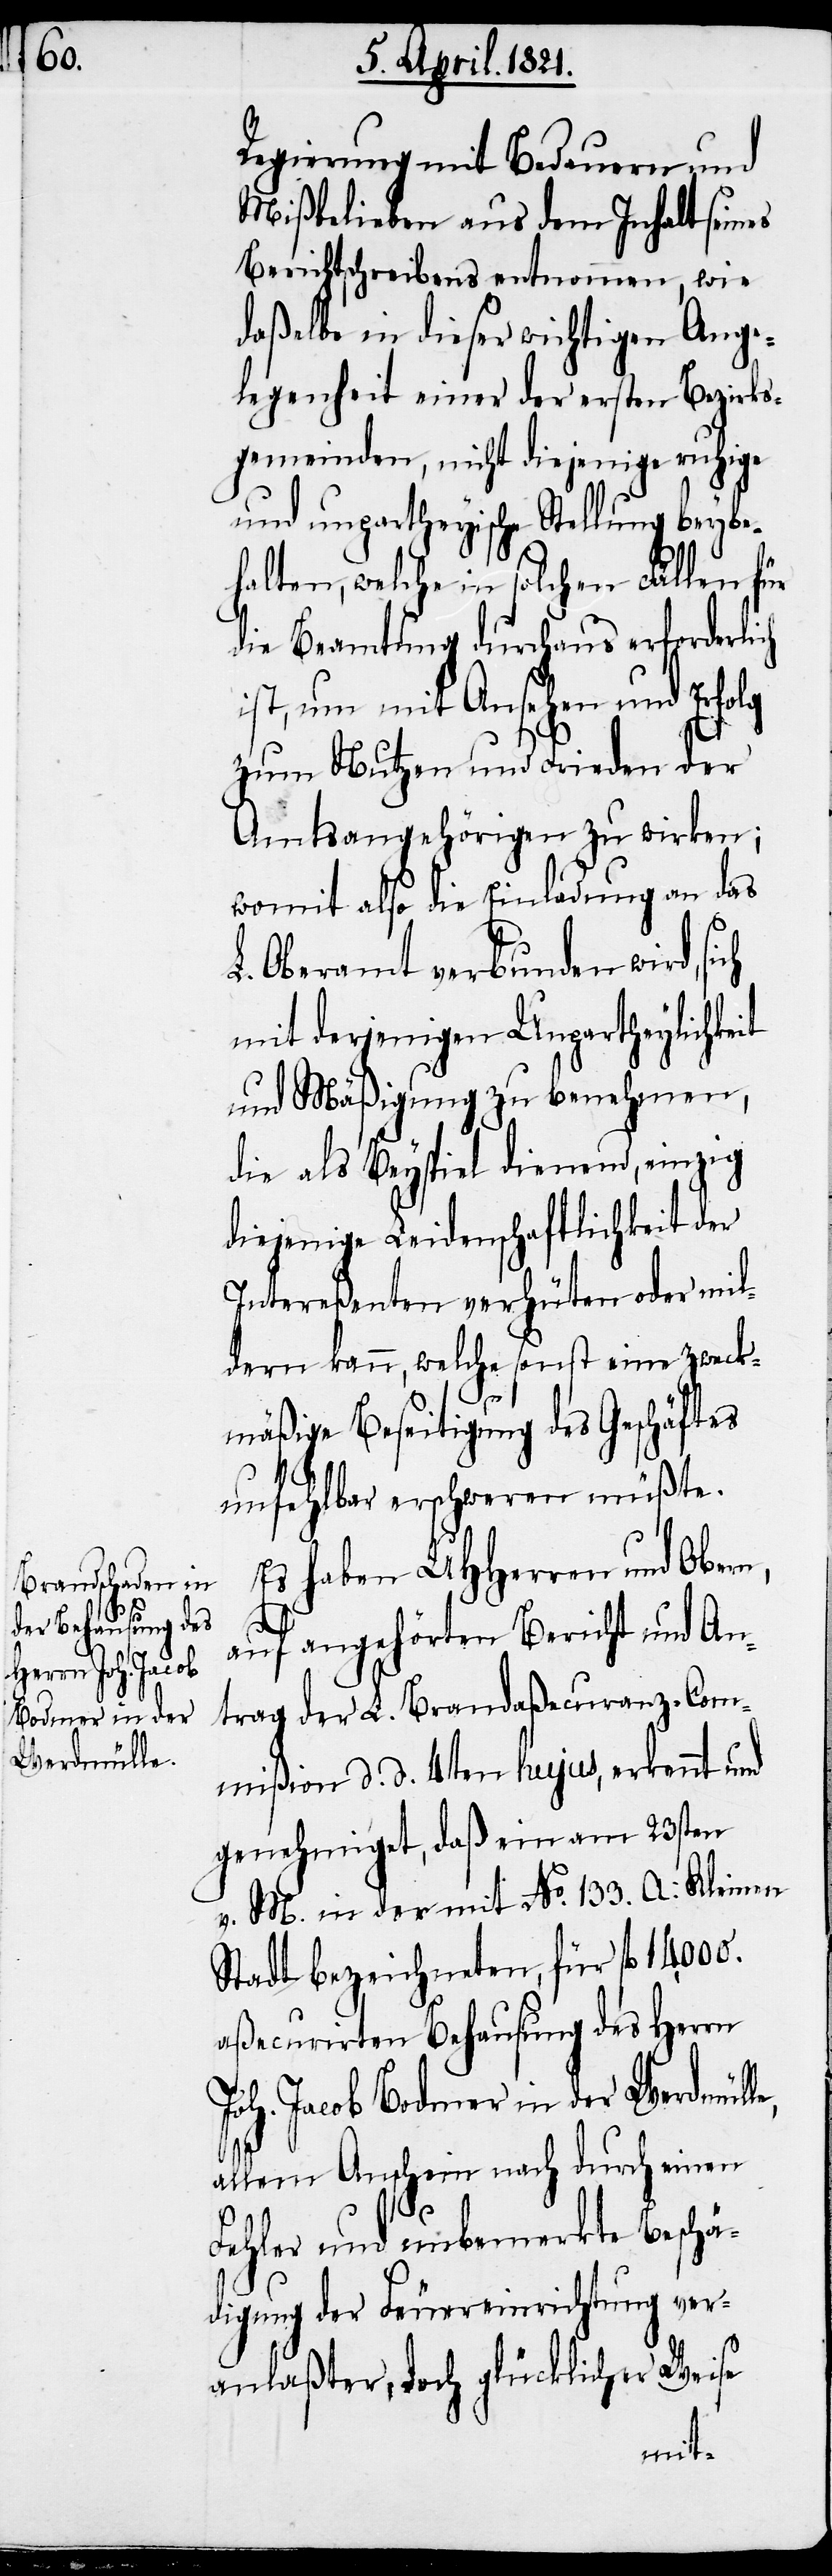
Regierung mit Bedauern und
Mißbelieben aus dem Inhalt seines
Berichtschreibens entnommen, wie
daßelbe in dieser wichtigen Ange¬
legenheit einer der ersten Bezirks¬
gemeinden, nicht diejenige ruhige
und unpartheyische Stellung beybe¬
halten, welche in solchen Fällen für
die Beamtung durchaus erforderlich
ist, um mit Ansehen und Erfolg
zum Nutzen und Frieden der
Amtsangehörigen zu wirken;
womit also die Einladung an das
L. Oberamt verbunden wird, sich
mit derjenigen Unpartheylichkeit
und Mäßigung zu benehmen,
die als Beyspiel dienend, einzig
diejenige Leidenschaftlichkeit der
Intereßenten verhüten oder mil¬
dern kann, welche sonst eine zweck¬
mäßige Beseitigung des Geschäftes
unfehlbar erschweren müßte.
Es haben UHHerren und Obern,
auf angehörten Bericht und An¬
trag der L. Brandaßecuranz-Com¬
mißion d. d. 4ten hujus, erkennt und
genehmiget, daß ein am 23sten
v. M. in der mit No. 133. A: Kleinen
Stadt bezeichneten, für fl.
aßecurirten Behausung des Herrn
Joh. Jacob Bodmer in der Werdmülle,
allem Anschein nach durch einen
Fehler und unbemerkte Beschä¬
digung der Feuereinrichtung ver¬
anlaßter, doch glücklicher Weise